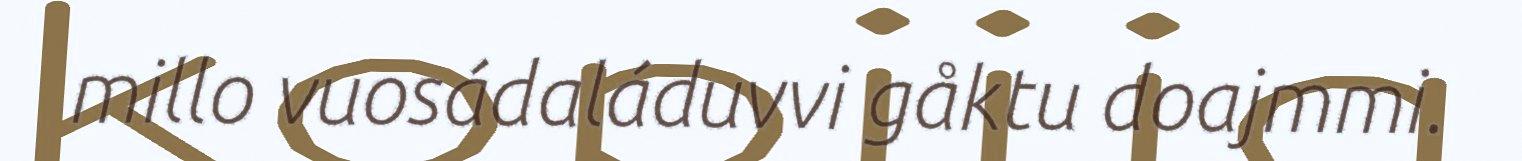
millo vuosádaláduvvi gåktu doajmmi.